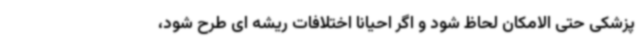
پزشکی حتی ‌الامکان لحاظ شود و اگر احیانا اختلافات ریشه ‌ای طرح شود،